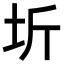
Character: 圻